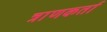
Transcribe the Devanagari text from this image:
त्राणकर्ता